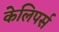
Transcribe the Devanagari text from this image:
केलिपर्स